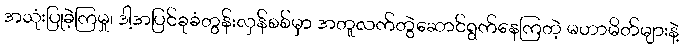
အသုံးပြုခဲ့ကြမှု၊ ဒါ့အပြင်ခုခံတွန်းလှန်စစ်မှာ အတူလက်တွဲဆောင်ရွက်နေကြတဲ့ မဟာမိတ်များနဲ့